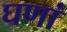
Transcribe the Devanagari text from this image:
घणां